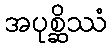
အပုစ္ဆိဿံ